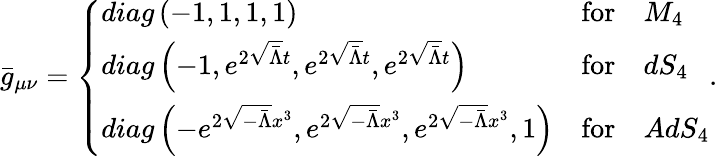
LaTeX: \bar{g}_{\mu\nu}=\left\{ \begin{array}{lll}{{diag\left(-1,1,1,1\right)}}&{{\mathrm{for}}}&{{M_{4}}}\\ {{diag\left(-1,e^{2\sqrt{\bar{\Lambda}}t},e^{2\sqrt{\bar{\Lambda}}t},e^{2\sqrt{\bar{\Lambda}}t}\right)}}&{{\mathrm{for}}}&{{dS_{4}}}\\ {{diag\left(-e^{2\sqrt{-\bar{\Lambda}}x^{3}},e^{2\sqrt{-\bar{\Lambda}}x^{3}},e^{2\sqrt{-\bar{\Lambda}}x^{3}},1\right)}}&{{\mathrm{for}}}&{{AdS_{4}}}\end{array}\right..